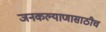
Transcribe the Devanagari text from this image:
जनकल्याणासाठीच